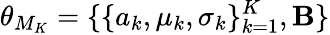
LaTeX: \theta_{M_{K}}=\{ \{ a_{k},\mu_{k},\sigma_{k}\} _{k=1}^{K},\mathbf{B}\}